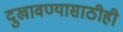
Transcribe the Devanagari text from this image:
दुखावण्यासाठीही